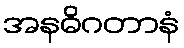
အနဓိဂတာနံ